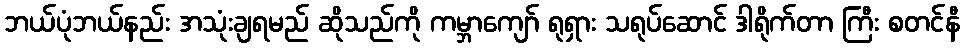
ဘယ်ပုံဘယ်နည်း အသုံးချရမည် ဆိုသည်ကို ကမ္ဘာကျော် ရုရှား သရုပ်ဆောင် ဒါရိုက်တာ ကြီး စတင်နီ